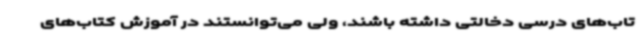
تاب‌های درسی دخالتی داشته باشند، ولی می‌توانستند در آموزش کتاب‌های